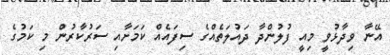
އޭނާ ވިދާޅުވީ މިއީ ފުލުންދާ ދައުލަތެއްގެ ސިފައެއް ކަމަށާއި ސަރުކާރުން މި ކަމުގެ